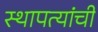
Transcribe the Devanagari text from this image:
स्थापत्यांची